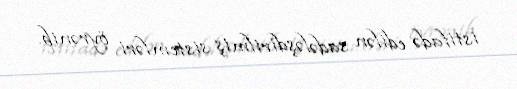
istifadə edilən sadələşdirilmiş sistemləri öyrənib.